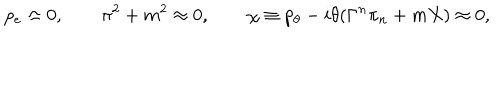
LaTeX: p _ { e } \approx 0 , \qquad \pi ^ { 2 } + m ^ { 2 } \approx 0 , \qquad \chi \equiv p _ { \theta } - i \theta ( \Gamma ^ { n } \pi _ { n } + m X ) \approx 0 ,